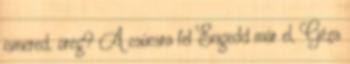
ismered, öreg? A csúcsra fel Engedd már el, Géza